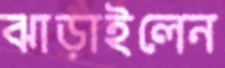
ঝাড়াইলেন